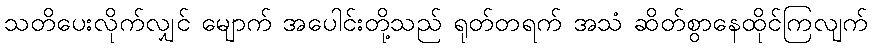
သတိပေးလိုက်လျှင် မျောက် အပေါင်းတို့သည် ရုတ်တရက် အသံ ဆိတ်စွာနေထိုင်ကြလျက်